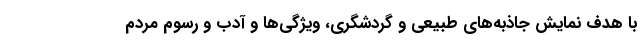
با هدف نمایش جاذبه‌های طبیعی و گردشگری، ویژگی‌ها و آدب و رسوم مردم